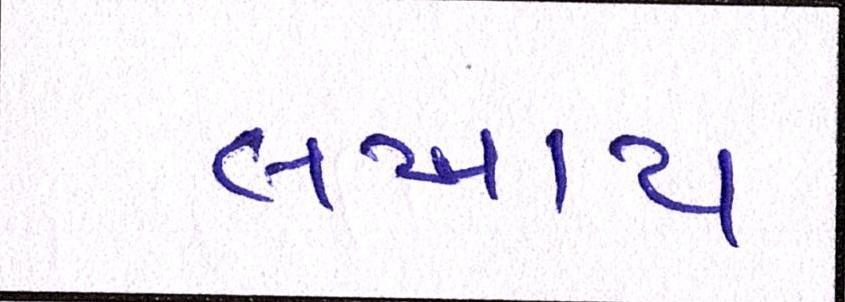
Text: લખાય